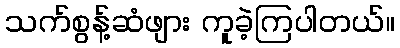
သက်စွန့်ဆံဖျား ကူခဲ့ကြပါတယ်။